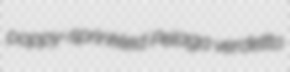
poppy-sprinkled Pelaga verdetto